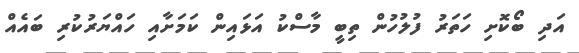
އަދި ބޯކޮށި ހަތަރު ފުލުހުން ތިބީ މާސްކު އަޅައިން ކަމަށާއި ހައްޔަރުކުރި ބައެއް